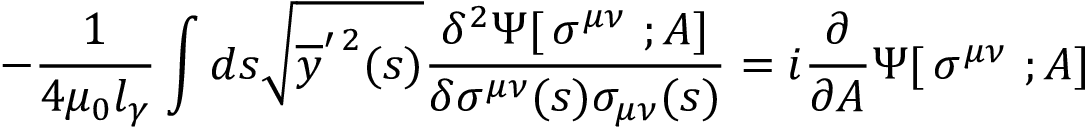
- { \frac { 1 } { 4 \mu _ { 0 } l _ { \gamma } } } \int d s \sqrt { \overline { { y } } ^ { \prime \, 2 } ( s ) } { \frac { \delta ^ { 2 } \Psi [ \, \sigma ^ { \mu \nu } \ ; A ] } { \delta \sigma ^ { \mu \nu } ( s ) \sigma _ { \mu \nu } ( s ) } } = i { \frac { \partial } { \partial A } } \Psi [ \, \sigma ^ { \mu \nu } \ ; A ]